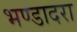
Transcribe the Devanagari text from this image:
भण्डादरा